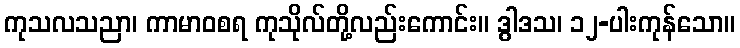
ကုသလသညာ၊ ကာမာဝစရ ကုသိုလ်တို့လည်းကောင်း။ ဒွါဒသ၊ ၁၂-ပါးကုန်သော။